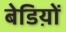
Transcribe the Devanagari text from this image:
बेडिय़ों